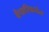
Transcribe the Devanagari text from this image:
वैचारिकतेत